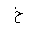
Letter: _kha